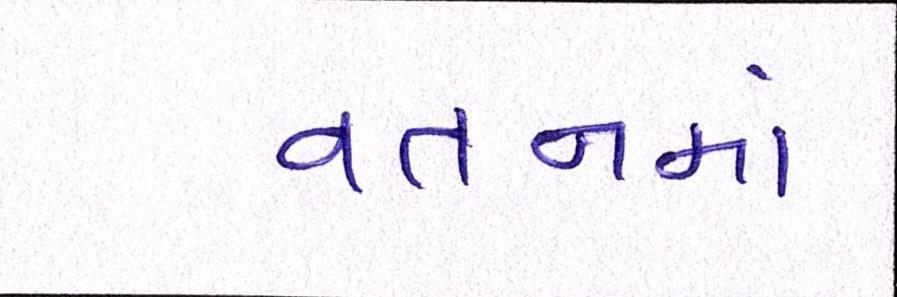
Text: વતનમાં